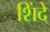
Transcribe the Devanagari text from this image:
शिंदे